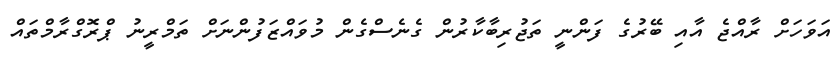
އަވަހަށް ރާއްޖެ އާއި ބޭރުގެ ފަންނީ ތަޖުރިބާކާރުން ގެނެސްގެން މުވައްޒަފުންނަށް ތަމްރީނު ޕްރޮގްރާމްތައް